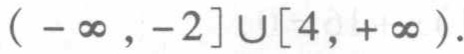
$(-\infty ,-2]\cup[4,+\infty).$